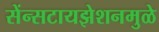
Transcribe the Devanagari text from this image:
सेंन्सटायझेशनमुळे